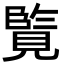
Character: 𮗘